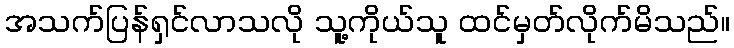
အသက်ပြန်ရှင်လာသလို သူ့ကိုယ်သူ ထင်မှတ်လိုက်မိသည်။